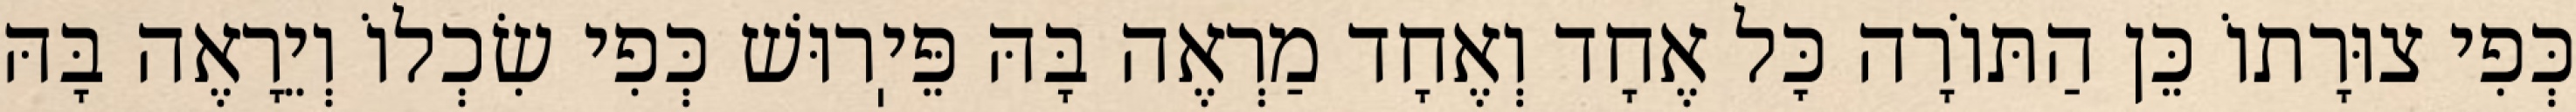
כְּפִי צוּרָתוֹ כֵּן הַתּוֹרָה כׇּל אֶחָד וְאֶחָד מַרְאֶה בָּהּ פֵּיֽרוּשׁ כְּפִי שִׂכְלוֹ וְיֵרָאֶה בָּהּ